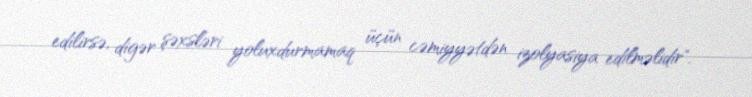
edilirsə, digər şəxsləri yoluxdurmamaq üçün cəmiyyətdən izolyasiya edilməlidir".